Medical and sanitary report on the native army of Bombay for the year
Year: 1877
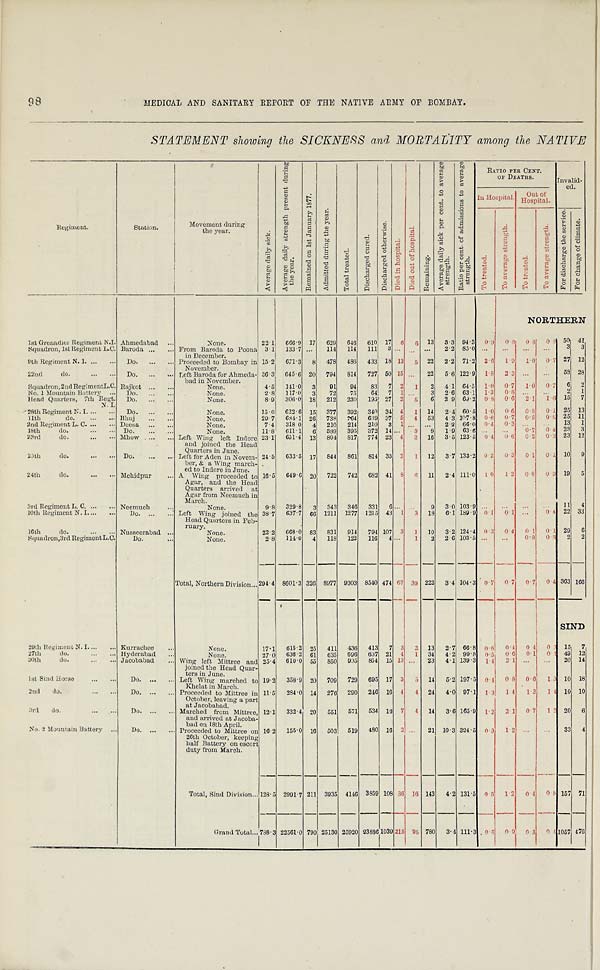
98
MEDICAL AND SANITARY REPORT OF TIIE NATIVE ARMY OF BOMBAY.
STATEMENT showing the SICKNESS and MORTALITY among the NATIVE
Re gi me nt .
Station.
Movement during
the year.
A v e r a g e d a i l y s i c k .
A v e r a g e d a i l y s t r e n g t h p r e s e n t d u r i n g
t h e y e a .
R e m a i n e d o n 1 s t J a n u a r y 1 8 7 7 .
A d m i t t e d d u r i n g t h e y e a r .
T o t a l t r e a t e d .
D i s c h a r g e d c u r e d .
D i s c h a r g e d o t h e r w i s e .
D i e d i n h o s p i t a l .
D i e d o u t o f h o s p i t a l .
R e m a i n i n g .
A v e r a g e d a i l y s i c k p e r c e n t . t o a v e r a g e s t r e n g t h .
R a t i o p e r c e n t . o f a d m i s s i o n s t o a v e r a g e s t r e n g t h .
RATIO PER CENT.
OF DEATHS.
Invalid-
ed.
In Hospital.
O u t o f H o s p i t a l .
T o t r e a t e d .
T o a v e r a g e s t r e n g t h .
T o t r e a t e d .
T o a v e r a g e s t r e n g t h .
F o r d i s c h a r g e t h e s e r v i c e .
F o r c h a n g e o f c l i m a t e .
NORTHERN
1st Grenadier Regiment N.I. Ahmedabad ...
None.
22.1
666.9 17 629 646 610 17 6
6
13
3 ..3 94.3
0.9
0.8
0 . 8
0 . 8 50 41
Squadron, 1st Regiment L.C. Baroda ...
... From Baroda to Poona
in December.
3.1 133.7 ...
114
114
111 3 ...
. . . ...
2.2 85.0 ...
...
. . .
...
3
3
9th Regiment N. I. ...
... Do. ...
... Proceeded to Bombay in November. 15.2
671.3
8
478
486
433 18 13
5 22
2.2 71.2 2.6
1.9
1.0
0.7 27 12
22nd
do.
...
. . . Do. ...
. . . Left Baroda for Ahmeda-
bad in November.
36.3 645.6 20 794 814 727 50 15
. . . 22
5.6 122.9
1.8
2.3 ...
...
58 28
Squadron, 2nd Regiment L.C. Rajkot ...
...
None.
4.5
141.0 3
91
94
83
7 2
1
2
4.1 64 . 5 1.0 0.7 1.0 0.7 6 2
No. 1 Mountain Battery ... Do. . . .
None.
2.8
117.0 3
72
75
64
7
1 . . .
3
2.6 63.1
1.3
0
...
...
2
1
Head Quarters, 7th Reg t .
N. I.
Do.
...
...
None.
8.9
306.0 18
212
230
195 27 2
6
6
2.9 69.2 0.8 0.6 2.1 1.6 15 7
28th Regiment N. I. ... . . . Do. ...
None.
15.0 622.0 151 377 392 340 34 4 1 14 2.4 60 . 5 1.0
0.6
0.8
0.1 25 13
11th
do.
...
... Bhuj
. . .
None.
29.7
684 . 1 26
738
764
6 8 9 37 5
4
53
4.3 107.8
0 . 6 0.7
0.5
0.5 25 11
2nd Regiment L. C. ...
. . . Deesa ...
...
None.
7.4
318 0
4 210 214 210 3 1 . . . ...
2.2 66.0 0.4
0.3 ...
. . .
13
1
18th
do.
D o . . . . . . .
None.
11.8 611.1 6 389 395 372 14 . . .
3 9 1.9 63.6
. . . ...
0.7
0 . 4 23
3
23rd
do.
...
. . .Mhow ... ... Left Wing left Indore
and joined the Head
Quarters in June.
23 . 1
651 . 4 13
804
917
774 23 4
2 16
3.5 123.5 0. 4
0.6
0.2
0.3
2 3
1 2
25th
do.
...
. . . Do.
...
. . . Left, for Aden in Novem-
ber, & a Wing march
ed to Indore in June.
24.5
633.5 17 844 861 814 33 2
1 12
3.7 133.2 0.2
0.3
0.1
0.1
10 9
24th
do.
...
. . . Mehidpur
... A Wing proceeded to
Agar, and the Head
Quarters arrived at
Agar from Neemuch in
March.
16 . 5
649.6 20
722
742
6 8 2 41
8
6
11 2.4 111 . 0 1 0 1.2 0.8 0.9 19 5
3rd Regiment L. C. ...
. . . Neemuch
None.
9.8 329.8 3 343 346 331 6 . . .
. . .
9
3.0 103.9
. . . ...
. . .
...
11 4
10th Regiment N. I....
. . . Do. ...
... Left Wing joined the
Head Quarters in Feb-
ruary.
38.7 637.7 66 1211 1277 1215 43 1
3
18
6.1 189.9 0 1 0.1 ...
0 . 4 22 33
16th
do.
... . . . Nusseerabad ...
None.
22.2
668.0 83
831
914
794 107 3
1
10 3.2 124 . 4 0. 3 0.4 0. 1 0.1
29
6
Squadron,3rd Regiment L. C.
Do.
...
None.
2.8
114 . 0 4 118 122 116 4 ...
1
2 2.6 103.5 ...
. . .
0.8
0.8
2
2
Total, Northern Division... 294 . 4 8601.3 326 8977 9303 8540 474
6 7 39 222 3.4 104.3 0 . 7
0. 7
0.7
0 . 4 363 166
SIND
29th Regiment N. I....
. . Kurrachee...
None.
17.1
615 . 2 25
411
436
413
7 3
2
13
2.7 66.8 0.6
0.4
0 4
0.3 15
7
27th
do.
... . . Hyderabad
. . .
None.
27.0 636.2 61 635 696 637 21 4 1 34 4.2 99 . 8
0 . 5
0 . 6
0 . 1
0 1 49 12
30th
do.
. . . Jacobabad
... Wing left Mittree and
joined the Head Quar-
ters in June.
25 . 4
610.0 55
850
995
854 15 13 ...
23
4.1 139.3
1.4
2. 1 ...
...
20 14
1st Sind Horse
...
...
Do. ...
... Left Wing marched to Khelat in March. 19.2 358.9 20 709 729 695 17 3
5 14
5.2 197.5 0. 4
0.8
0.6
1.3 10 18
2nd
do.
...
. . .
Do. ... . . . Proceeded to Mittree in October, leaving a part at Jacobabad. 11.5 284.0 14 276 290 246 16 4
4 24
4.0 97.1
1.3
1. 4
1. 3
1.4
10 10
3rd
do.
...
...
Do. ...
... Marched from Mittree
and
ar r i v e d a t J a c o b
a -
bad on 18th April.
12.1
332.4 20 551 571 534 16
7
4
14 3.6 165.9 1.2 2. 1 0.7 1. 2
20
6
No. 2 Mountain Battery ...
Do
..
... Proceeded to Mittrce on
26th October, keeping
half Battery on escort
duty from March.
16.2
155.0 16
503
519
480 16 2
. . .
2 1
10.3 324.5
0 . 3
1. 2
. . .
. . .
33
4
Total, Sin d Division... 128.5 2991.7 211 3935 4116 3859 108 36 16 143 4.2 131 . 5 0 8 1.2 0 4 0.5 157 71
Grand Total... 788.3 22561.0 790 25130 25920
2 3 8 8 6 1039 215 95 780
3.4 111.3
0 . 8
0 . 9
0 3
0 . 4 1057 476